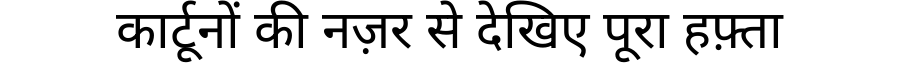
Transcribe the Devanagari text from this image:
कार्टूनों की नज़र से देखिए पूरा हफ़्ता